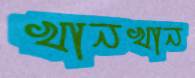
খানখান